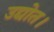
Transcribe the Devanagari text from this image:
उद्योत।